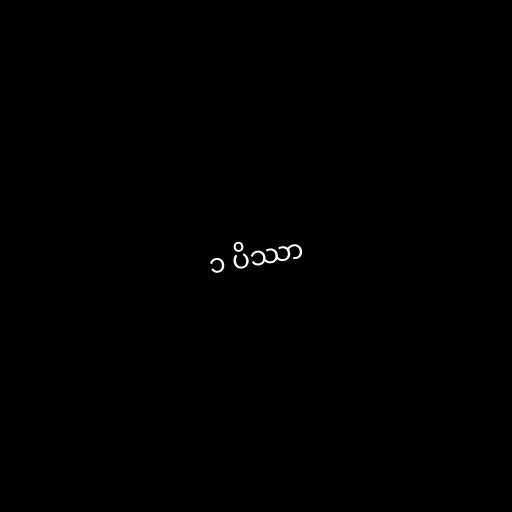
၁ ပိဿာ